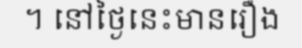
។ នៅថ្ងៃនេះមានរឿង